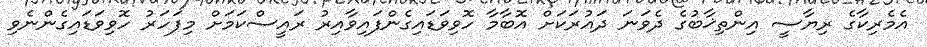
އެމެރިކާގެ ރިޔާސީ އިންތިޚާބުގެ ދެވަނަ ދައުރަކަށް އޮބާމާ ހޮވިވަޑައިގެންފައިވާއިރު ރައީސްކަމަށް މިފަހަރު ހޮވިވަޑައިގެންނެވި